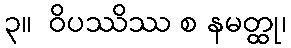
၃။  ဝိပဿိဿ စ နမတ္ထု၊